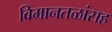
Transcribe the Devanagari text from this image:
विमानतळांसह